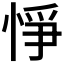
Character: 𢛵